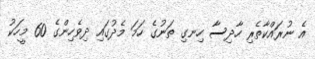
އެ ނުރައްކާތެރި ހާދިސާ ހިނގި ތަނުގެ ހަމަ މެދުގައި ދިވެހިންގެ 60 މީހަކު